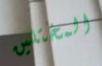
المختلين